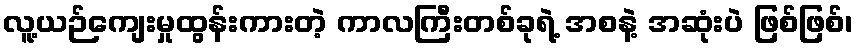
လူ့ယဉ်ကျေးမှုထွန်းကားတဲ့ ကာလကြီးတစ်ခုရဲ့ အစနဲ့ အဆုံးပဲ ဖြစ်ဖြစ်၊